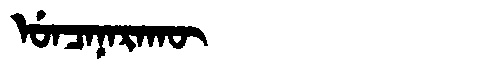
Manchu: ᡠᠨᠴᠠᠨᠠᡵᠠᡴᡡ
Romanization: UNCANARAKŪ